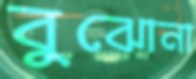
বুঝোনা